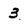
Character: 3